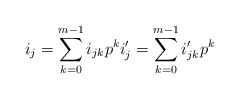
\begin{align*}i_j=\sum_{k=0}^{m-1} i_{jk}p^ki_j'=\sum_{k=0}^{m-1} i_{jk}'p^k\end{align*}